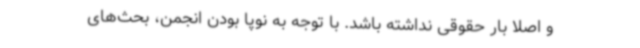
و اصلا بار حقوقی نداشته باشد. با توجه به نوپا بودن انجمن، بحث‌های